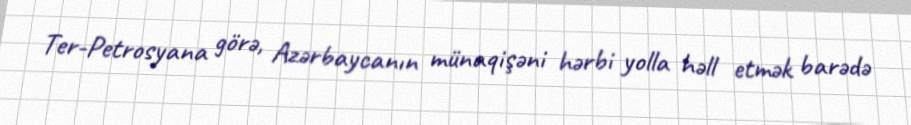
Ter-Petrosyana görə, Azərbaycanın münaqişəni hərbi yolla həll etmək barədə